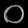
Digit: ၀